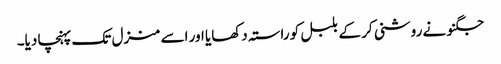
جگنو نے روشنی کر کے بلبل کو راستہ دکھایا اور اسے منزل تک پہنچا دیا۔